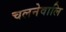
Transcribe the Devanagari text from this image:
चलनेवालि